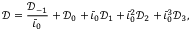
\mathcal { D } = \frac { \mathcal { D } _ { - 1 } } { \bar { \iota } _ { 0 } } + \mathcal { D } _ { 0 } + \bar { \iota } _ { 0 } \mathcal { D } _ { 1 } + \bar { \iota } _ { 0 } ^ { 2 } \mathcal { D } _ { 2 } + \bar { \iota } _ { 0 } ^ { 3 } \mathcal { D } _ { 3 } ,